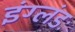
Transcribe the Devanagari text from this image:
इंग्लंडः